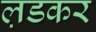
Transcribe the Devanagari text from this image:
ल़डकर